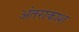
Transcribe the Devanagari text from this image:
अंतराकाश